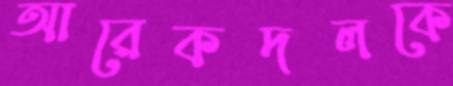
আরেকদলকে